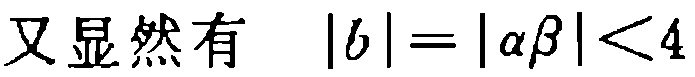
又显然有 \(|b| = |\alpha\beta| < 4\)